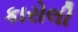
કારોલી